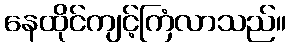
နေထိုင်ကျင့်ကြံလာသည်။